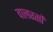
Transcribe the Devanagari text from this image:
वालरसों